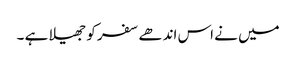
میں نے اس اندھے سفر کو جھیلا ہے ۔